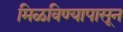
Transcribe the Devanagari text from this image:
मिळविण्यापासून